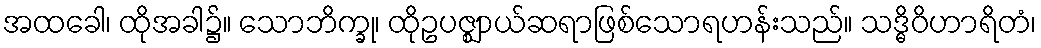
အထခေါ၊ ထိုအခါ၌။ သောဘိက္ခု၊ ထိုဥပဇ္ဈာယ်ဆရာဖြစ်သောရဟန်းသည်။ သဒ္ဓိဝိဟာရိတံ၊